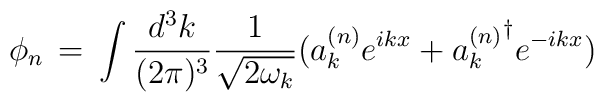
\phi_{n}\,=\,\int \frac{d^{3}k}{(2\pi)^{3}}\frac{1}{\sqrt{2\omega_{k}}}(a_{k}^{(n)}e^{ikx}+{a_{k}^{(n)}}^{\dagger}e^{-ikx})